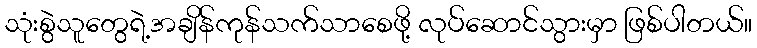
သုံးစွဲသူတွေရဲ့အချိန်ကုန်သက်သာစေဖို့ လုပ်ဆောင်သွားမှာ ဖြစ်ပါတယ်။